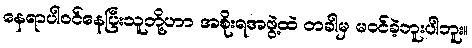
နေရာပါဝင်နေပြီးသူတို့ဟာ အစိုးရအဖွဲ့ထဲ တခါမှ မဝင်ခဲ့ဘူးပါဘူး။